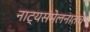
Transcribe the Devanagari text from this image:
नाट्यसंमेलनातच